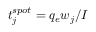
t _ { j } ^ { s p o t } = q _ { e } w _ { j } / I